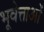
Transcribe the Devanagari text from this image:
भूवेत्ताओं